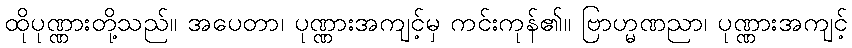
ထိုပုဏ္ဏားတို့သည်။ အပေတာ၊ ပုဏ္ဏားအကျင့်မှ ကင်းကုန်၏။ ဗြာဟ္မဏညာ၊ ပုဏ္ဏားအကျင့်